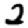
Digit: 2